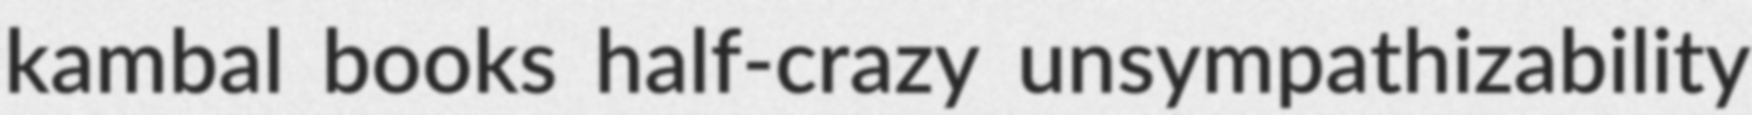
kambal books half-crazy unsympathizability